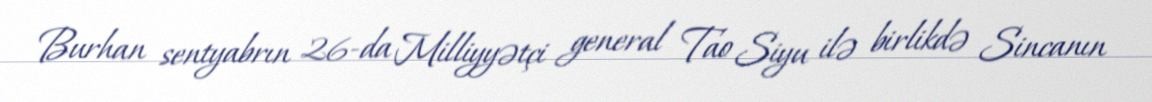
Burhan sentyabrın 26-da Milliyyətçi general Tao Siyu ilə birlikdə Sincanın